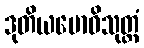
ဒုတိယဗောဓိသုတ္တံ